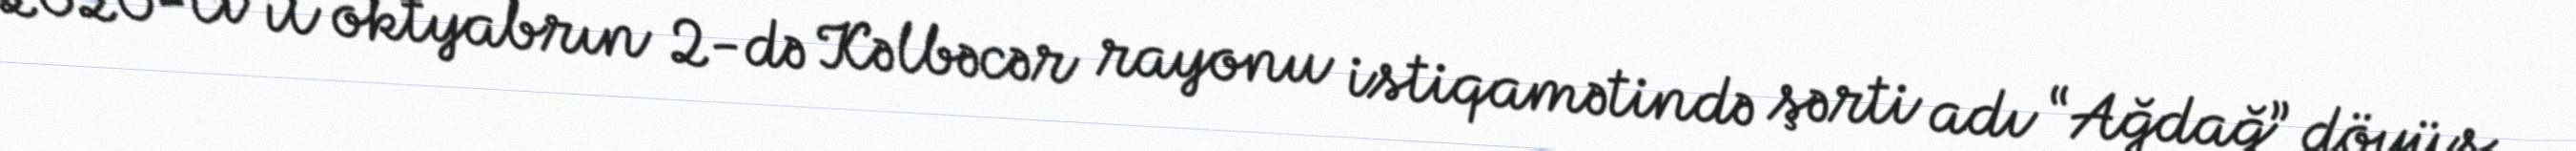
2020-ci il oktyabrın 2-də Kəlbəcər rayonu istiqamətində şərti adı “Ağdağ” döyüş